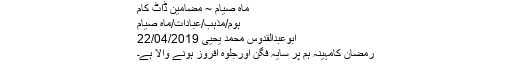
ماہ صیام ~ مضامین ڈاٹ کام
ہوم/مذہب/عبادات/ماہ صیام
ابوعبدالقدوس محمد یحییٰ 22/04/2019
رمضان کامہینہ ہم پر سایہ فگن اورجلوہ افروز ہونے والا ہے۔